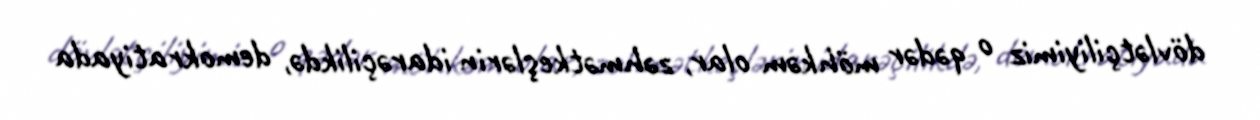
dövlətçiliyimiz o qədər möhkəm olar, zəhmətkeşlərin idarəçilikdə, demokratiyada